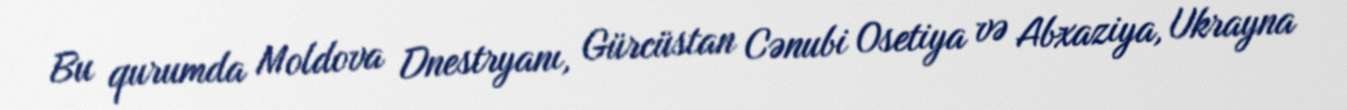
Bu qurumda Moldova Dnestryanı, Gürcüstan Cənubi Osetiya və Abxaziya, Ukrayna